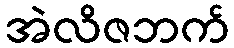
အဲလိဇဘက်